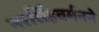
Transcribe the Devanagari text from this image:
नरसिंहवर्मनने